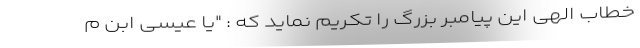
خطاب الهی این پیامبر بزرگ را تکریم نماید که : "یَا عِیسَی ابْنَ م